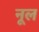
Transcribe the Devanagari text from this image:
नूल